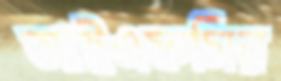
আইএফসির